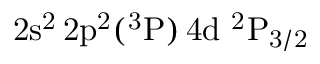
\mathrm { 2 s ^ { 2 } \, 2 p ^ { 2 } ( ^ { 3 } P ) \, 4 d ~ ^ { 2 } P _ { 3 / 2 } }